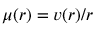
\mu ( r ) = v ( r ) / r